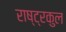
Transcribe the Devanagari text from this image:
राष्‍ट्रकुल